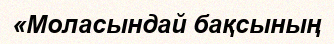
«Моласындай бақсының